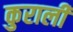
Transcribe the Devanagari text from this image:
कुराली